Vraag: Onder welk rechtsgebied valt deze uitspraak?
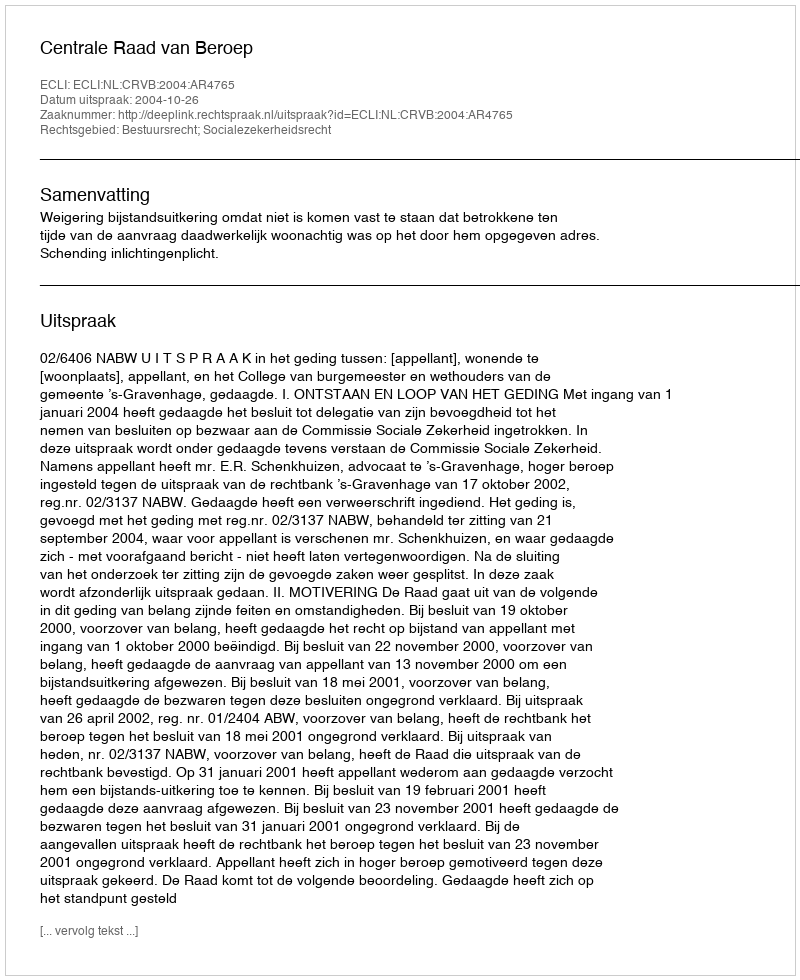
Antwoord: Bestuursrecht; Socialezekerheidsrecht